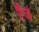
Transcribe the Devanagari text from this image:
रैंज